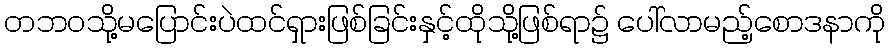
တဘဝသို့မပြောင်းပဲထင်ရှားဖြစ်ခြင်းနှင့်ထိုသို့ဖြစ်ရာ၌ ပေါ်လာမည့်စောဒနာကို